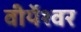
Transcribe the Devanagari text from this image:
वीर्येश्वर